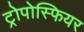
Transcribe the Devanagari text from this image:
ट्रोपोस्फियर